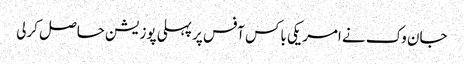
جان وک نے امریکی باکس آفس پر پہلی پوزیشن حاصل کرلی